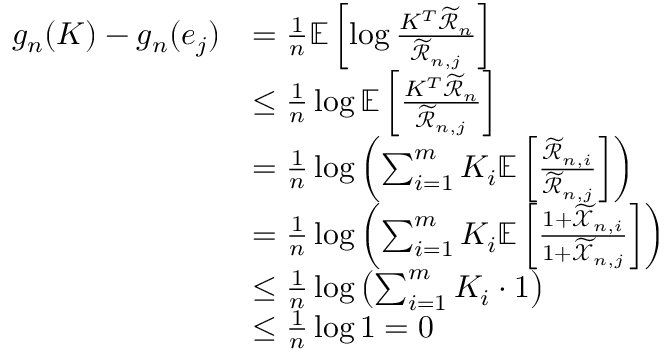
\begin{array} { r l } { g _ { n } ( K ) - g _ { n } ( e _ { j } ) } & { = \frac { 1 } { n } \mathbb { E } \left[ \log \frac { K ^ { T } \widetilde { \mathcal { R } } _ { n } } { \widetilde { \mathcal { R } } _ { n , j } } \right] } \\ & { \leq \frac { 1 } { n } \log \mathbb { E } \left[ \frac { K ^ { T } \widetilde { \mathcal { R } } _ { n } } { \widetilde { \mathcal { R } } _ { n , j } } \right] } \\ & { = \frac { 1 } { n } \log \left( \sum _ { i = 1 } ^ { m } K _ { i } \mathbb { E } \left[ \frac { \widetilde { \mathcal { R } } _ { n , i } } { \widetilde { \mathcal { R } } _ { n , j } } \right] \right) } \\ & { = \frac { 1 } { n } \log \left( \sum _ { i = 1 } ^ { m } K _ { i } \mathbb { E } \left[ \frac { 1 + \widetilde { \mathcal { X } } _ { n , i } } { 1 + \widetilde { \mathcal { X } } _ { n , j } } \right] \right) } \\ & { \leq \frac { 1 } { n } \log \left( \sum _ { i = 1 } ^ { m } K _ { i } \cdot 1 \right) } \\ & { \leq \frac { 1 } { n } \log 1 = 0 } \end{array}